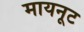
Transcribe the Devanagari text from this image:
मायनूट